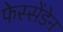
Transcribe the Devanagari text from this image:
फेस्सेंडेन